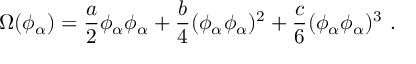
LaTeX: \Omega ( \phi _ { \alpha } ) = \frac a 2 \phi _ { \alpha } \phi _ { \alpha } + \frac b 4 ( \phi _ { \alpha } \phi _ { \alpha } ) ^ { 2 } + \frac c 6 ( \phi _ { \alpha } \phi _ { \alpha } ) ^ { 3 } \ .